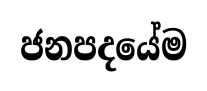
ජනපදයේම